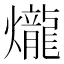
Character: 爖